Medical and sanitary report of the native army of Bengal for the year
Year: 1877
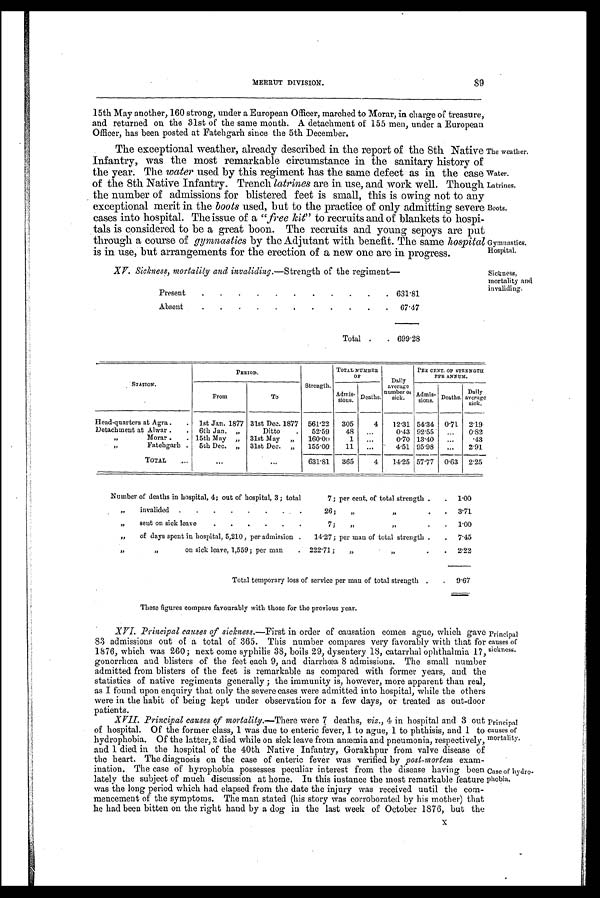
89
MEERUT DIVISION.
15th May another, 160 strong, under a European Officer, marched to Morar, in charge of treasure,
and returned on the 31st of the same mouth. A detachment of 155 men, under a European
Officer, has been posted at Fatehgarh since the 5th December.
The exceptional weather, already described in the report of the 8th Native
Infantry, was the most remarkable circumstance in the sanitary history of
the year. The water used by this regiment has the same defect as in the case
of the 8th Native Infantry. Trench latrines are in use, and work well. Though
the number of admissions for blistered feet is small, this is owing not to any
exceptional merit in the boots used, but to the practice of only admitting severe
cases into hospital. The issue of a "free kit" to recruits and of blankets to hospi-
tals is considered to be a great boon. The recruits and young sepoys are put
through a course of gymnastics by the Adjutant with benefit. The same hospital
is in use, but arrangements for the erection of a new one are in progress.
XV. Sickness, mortality and invaliding.—Strength of the regiment—
Present
631.81
Absent
67.47
Total
699.28
The weather.
Water.
Latrines.
Boots.
Gymnastics.
Hospital.
Sickness,
mortality and
invaliding.
STATION.
PERIOD.
Strength.
TOTAL NUMBER
OF
Daily
average
number of
sick.
PER CENT. OF STRENGTH
PER ANNUM.
Admis-
sions.
Deaths.
Daily
average
sick.
From
To
Admis-
sions. Deaths.
Mead-quarters at Agra
1st Jan. 1877 31st Dec. 1877
561.22
305
4
12.31 54.34
0.71
2.19
Detachment at Alwar
6th Jan.
„
Ditto
52.59
48
...
0.43 92.55
...
0.82
„
Moray
15th May „
31st May
„
160.00
1
. . .
0.70 13.40
...
.43
„
Fatehgarh
5th Dec.
„
31st Dec.
„
155.00
11
...
4.51 95.98
...
2.91
TOTAL
...
...
„
631.81
365
4
14.25 57.77
0.63
2.25
Number of deaths in hospital, 4; out of hospital, 3; total
7; per cent.o f t o t a l s t r e n g t h
1.00
„
invalided
26;
„ „
3.71
„
sent on sick leave
7;
,,
„
1.00
„
of days spent in hospital, 5,210, per admission
14.27; per man of total strength
7.45
„ „
on sick leave, 1,559; per man
222.71 ;
„
„
2.22
Total temporary loss of service per man of total strength
9.67
These figures compare favourably with those for the previous year.
XVI. Principal causes of sickness.—First in order of causation comes ague, which gave
83 admissions out of a total of 365. This number compares very favorably with that for
1876, which was 260; next come syphilis 38, boils 29, dysentery 18, catarrhal ophthalmia 17
gonorrhœa and blisters of the feet each 9, and diarrhœa 8 admissions. The small number
admitted from blisters of the feet is remarkable as compared with former years, and the
statistics of native regiments generally; the immunity is, however, more apparent than real,
as I found upon enquiry that only the severe cases were admitted into hospital, while the others
were in the habit of being kept under observation for a few days, or treated as out-door
patients.
XVII. Principal causes of mortality.—There were 7 deaths, viz., 4 in hospital and 3 out
of hospital. Of the former class, 1 was due to enteric fever, 1 to ague, 1 to phthisis, and 1 to
hydrophobia. Of the latter, 2 died while on sick leave from anæmia and pneumonia, respectively,
and 1 died in the hospital of the 40th Native Infantry, Gorakhpur from valve disease of
the heart. The diagnosis on the case of enteric fever was verified by post-mortem exam-
ination. The case of hyrophobia possesses peculiar interest from the disease having been
lately the subject of much discussion at home. In this instance the most remarkable feature
was the long period which had elapsed from the date the injury was received until the com-
mencement of the symptoms. The man stated (his story was corroborated by his mother) that
he had been bitten on the right hand by a dog in the last week of October 1876. but the
Principal
causes of
sickness.
Principal
causes of
mortality.
Case of hydro-
phobia.